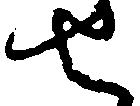
せ